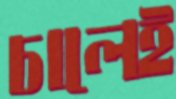
চালেই